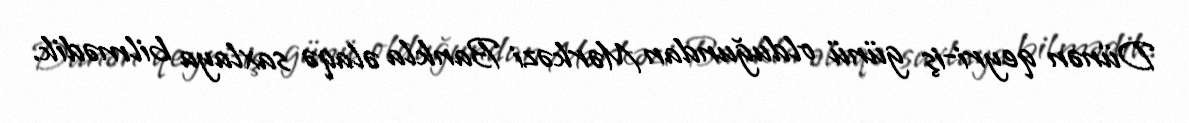
Dünən qeyri-iş günü olduğundan Mərkəzi Bankla əlaqə saxlaya bilmədik.